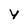
Character: y